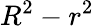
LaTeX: R^{2}-r^{2}